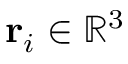
\ensuremath \mathbf { r } _ { i } \in \mathbb { R } ^ { 3 }